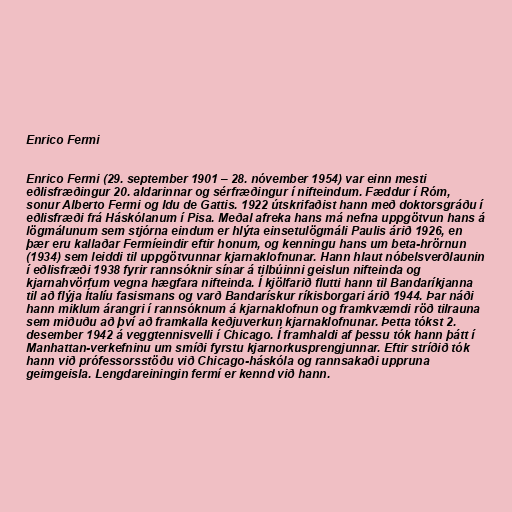
Enrico Fermi

Enrico Fermi (29. september 1901 – 28. nóvember 1954) var einn mesti
eðlisfræðingur 20. aldarinnar og sérfræðingur í nifteindum. Fæddur í Róm,
sonur Alberto Fermi og Idu de Gattis. 1922 útskrifaðist hann með doktorsgráðu í
eðlisfræði frá Háskólanum í Pisa. Meðal afreka hans má nefna uppgötvun hans á
lögmálunum sem stjórna eindum er hlýta einsetulögmáli Paulis árið 1926, en
þær eru kallaðar Fermíeindir eftir honum, og kenningu hans um beta-hrörnun
(1934) sem leiddi til uppgötvunnar kjarnaklofnunar. Hann hlaut nóbelsverðlaunin
í eðlisfræði 1938 fyrir rannsóknir sínar á tilbúinni geislun nifteinda og
kjarnahvörfum vegna hægfara nifteinda. Í kjölfarið flutti hann til Bandaríkjanna
til að flýja Ítalíu fasismans og varð Bandarískur ríkisborgari árið 1944. Þar náði
hann miklum árangri í rannsóknum á kjarnaklofnun og framkvæmdi röð tilrauna
sem miðuðu að því að framkalla keðjuverkun kjarnaklofnunar. Þetta tókst 2.
desember 1942 á veggtennisvelli í Chicago. Í framhaldi af þessu tók hann þátt í
Manhattan-verkefninu um smíði fyrstu kjarnorkusprengjunnar. Eftir stríðið tók
hann við prófessorsstöðu við Chicago-háskóla og rannsakaði uppruna
geimgeisla. Lengdareiningin fermí er kennd við hann.